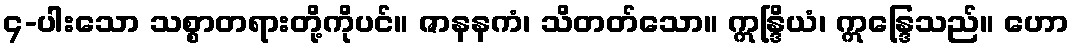
၄-ပါးသော သစ္စာတရားတို့ကိုပင်။ ဇာနနကံ၊ သိတတ်သော။ ဣန္ဒြိယံ၊ ဣန္ဒြေသည်။ ဟော